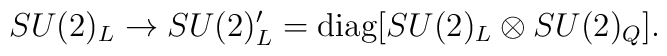
SU(2)_L\rightarrow SU(2)_L^\prime={\rm diag}[SU(2)_L\otimes SU(2)_Q].